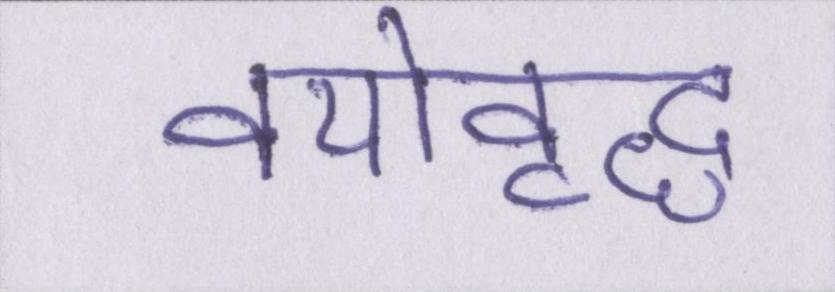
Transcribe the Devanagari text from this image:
वयोवृद्ध